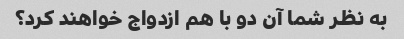
به نظر شما آن دو با هم ازدواج خواهند کرد؟